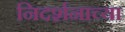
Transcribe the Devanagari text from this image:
निदर्शनाच्या